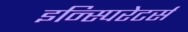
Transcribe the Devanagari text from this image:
इन्स्पिरेटर्स